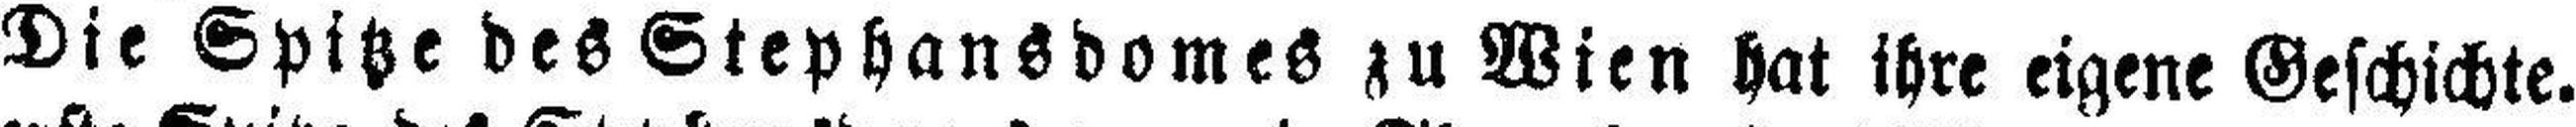
Die Spitze des Stephansdomes zu Wien hat ihre eigene Geschichte.